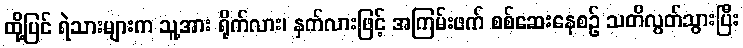
ထို့ပြင် ရဲသားများက သူ့အား ရိုက်လား၊ နှက်လားဖြင့် အကြမ်းဖက် စစ်ဆေးနေစဉ် သတိလွတ်သွားပြီး